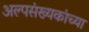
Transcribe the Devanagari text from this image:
अल्पसंख्यकांच्या